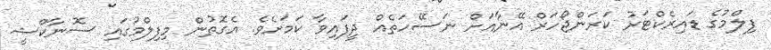
ފިލްމުގެ ޑައިރެކްޓަރު ކަރަންޖޯހަރް އޭނާއަށް ނަސޭހަތެއް ދީފައިވާ ކަމަށެވެ. އެގޮތުން މިފިލްމުގައި ސޮނާކްޝީ